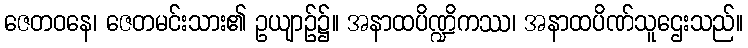
ဇေတဝနေ၊ ဇေတမင်းသား၏ ဥယျာဉ်၌။ အနာထပိဏ္ဍိကဿ၊ အနာထပိဏ်သူဌေးသည်။